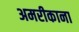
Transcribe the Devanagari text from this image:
अमरीकाना